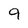
Character: 9